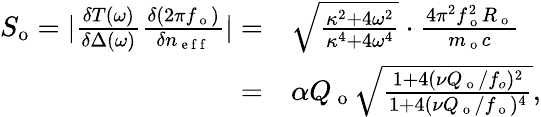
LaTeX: \begin{array}{rl}{S_{\mathrm{o}}=|\frac{\delta T(\omega)}{\delta\Delta(\omega)}\frac{\delta(2\pi f_{\mathrm{~o~}})}{\delta n_{\mathrm{~e~f~f~}}}|=}&{{}\sqrt{\frac{\kappa^{2}+4\omega^{2}}{\kappa^{4}+4\omega^{4}}}\cdot\frac{4\pi^{2}f_{\mathrm{~o~}}^{2}R_{\mathrm{~o~}}}{m_{\mathrm{~o~}}c}}\\ {=}&{{}\alpha Q_{\mathrm{~o~}}\sqrt{\frac{1+4(\nu Q_{\mathrm{~o~}}/f_{o})^{2}}{1+4(\nu Q_{\mathrm{~o~}}/f_{\mathrm{~o~}})^{4}}},}\end{array}